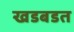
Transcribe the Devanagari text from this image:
खडबडत